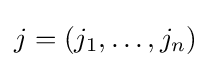
j=(j_{1},\dots ,j_{n})